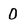
Character: 0